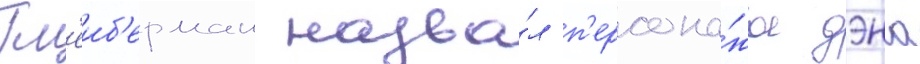
Гл'еиб'ерман назва́л п'ерсона́жа дэна